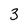
Character: 3